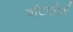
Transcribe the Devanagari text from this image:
वॉटफोर्ड